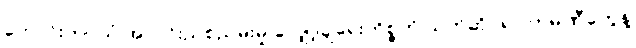
ကောင်းကင်ယံ အလင်းညစ်ညမ်းမှု လျှော့ချရေးကိစ္စကို သက်ဆိုင်ရာ ကုမ္ပဏီတွေနဲ့